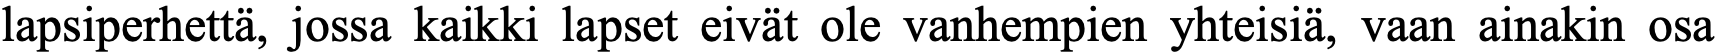
lapsiperhettä, jossa kaikki lapset eivät ole vanhempien yhteisiä, vaan ainakin osa